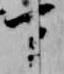
下